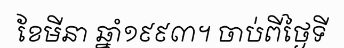
ខែមីនា ឆ្នាំ១៩៩៣។ ចាប់ពីថ្ងៃទី